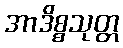
အာဒိစ္စသုတ္တ